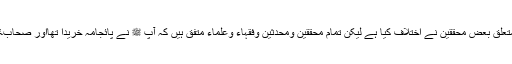
نبی اکرم ﷺ پائجامہ استعمال کیا یا نہیں اس کے متعلق بعض محققین نے اختلاف کیا ہے لیکن تمام محققین ومحدثین وفقہاء وعلماء متفق ہیں کہ آپ ﷺ نے پائجامہ خریدا تھااور صحابۂ کرام آپ ﷺ کی اجازت سے پائجامہ پہنتے تھے۔